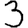
Digit: 3